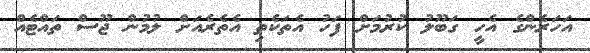
އަހަރެންގެ އެހީ ގަބޫލު ކުރުމަށް ފަހު އެތަކެތި އެތެރެއަށް ލުމުން ޖޫސް ތައްޓެއް